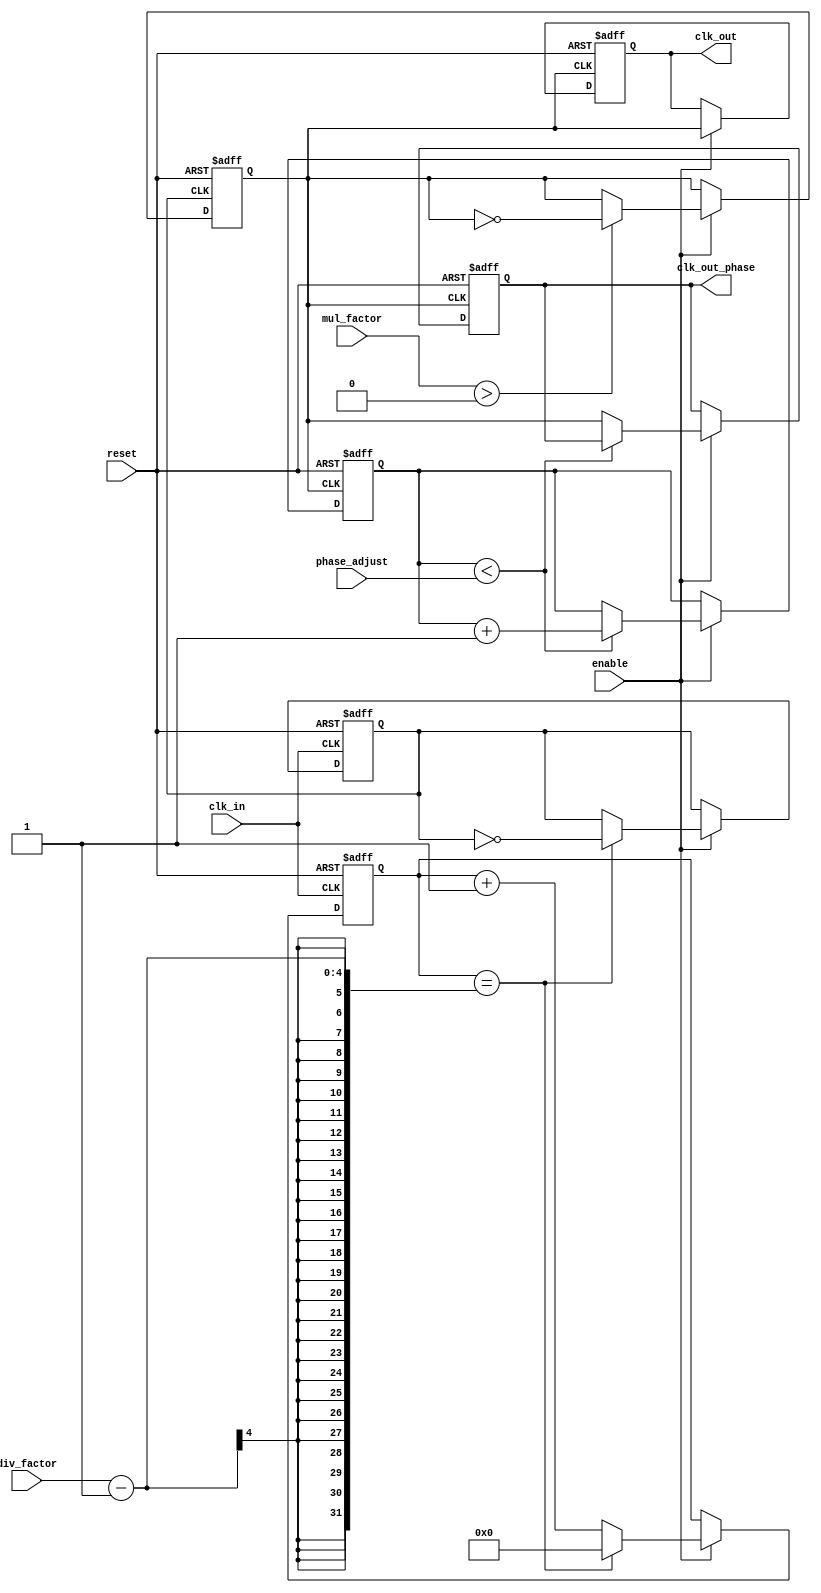
module ProgrammableClockBuffer (
    input wire clk_in,               // Input clock signal
    input wire [3:0] div_factor,     // Division factor for frequency division
    input wire [3:0] mul_factor,     // Multiplication factor for frequency multiplication
    input wire [3:0] phase_adjust,    // Phase adjustment in clock cycles
    input wire enable,                // Enable signal for the clock buffer
    output reg clk_out,              // Output clock signal
    output reg clk_out_phase,        // Output clock with phase adjustment
    input wire reset                 // Asynchronous reset
);

    reg [3:0] counter;               // Counter for frequency division
    reg [3:0] phase_counter;         // Counter for phase adjustment
    reg clk_div;                     // Divided clock signal
    reg clk_mul;                     // Multiplied clock signal

    // Frequency Divider
    always @(posedge clk_in or posedge reset) begin
        if (reset) begin
            counter <= 0;
            clk_div <= 0;
        end else if (enable) begin
            if (counter == div_factor - 1) begin
                clk_div <= ~clk_div; // Toggle the divided clock
                counter <= 0;        // Reset counter
            end else begin
                counter <= counter + 1; // Increment counter
            end
        end
    end

    // Frequency Multiplier
    always @(posedge clk_div or posedge reset) begin
        if (reset) begin
            clk_mul <= 0;
        end else if (enable) begin
            if (mul_factor > 0) begin
                clk_mul <= ~clk_mul; // Toggle the multiplied clock
            end
        end
    end

    // Phase Adjustment
    always @(posedge clk_mul or posedge reset) begin
        if (reset) begin
            phase_counter <= 0;
            clk_out_phase <= 0;
        end else if (enable) begin
            if (phase_counter < phase_adjust) begin
                phase_counter <= phase_counter + 1; // Increment phase counter
            end else begin
                clk_out_phase <= clk_mul; // Output clock with phase adjustment
            end
        end
    end

    // Final Output Clock
    always @(posedge clk_mul or posedge reset) begin
        if (reset) begin
            clk_out <= 0;
        end else if (enable) begin
            clk_out <= clk_mul; // Output the multiplied clock
        end
    end

endmodule